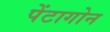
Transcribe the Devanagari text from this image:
पेंटागोन